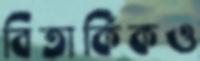
বিতার্কিকও